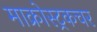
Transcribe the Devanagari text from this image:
माक्रोस्ट्रकचर